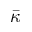
\bar { \kappa }